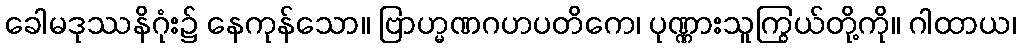
ခေါမဒုဿနိဂုံး၌ နေကုန်သော။ ဗြာဟ္မဏဂဟပတိကေ၊ ပုဏ္ဏားသူကြွယ်တို့ကို။ ဂါထာယ၊